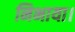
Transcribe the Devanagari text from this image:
निभाया।